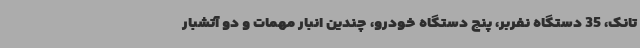
تانک، 35 دستگاه نفربر، پنج دستگاه خودرو، چندین انبار مهمات و دو آتشبار